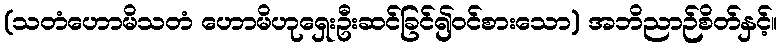
(သတံဟောမိသတံ ဟောမိဟုရှေးဦးဆင်ခြင်၍ဝင်စားသော) အဘိညာဉ်စိတ်နှင့်။